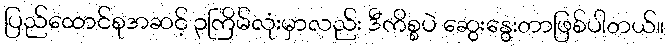
ပြည်ထောင်စုအဆင့် ၃ကြိမ်လုံးမှာလည်း ဒီကိစ္စပဲ ဆွေးနွေးတာဖြစ်ပါတယ်။